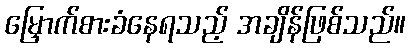
မြှောက်စားခံနေရသည့် အချိန်ဖြစ်သည်။